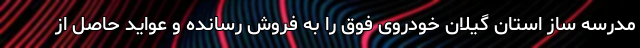
مدرسه ساز استان گیلان خودروی فوق را به فروش رسانده و عواید حاصل از